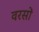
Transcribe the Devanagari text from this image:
वरसों